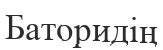
Баторидің